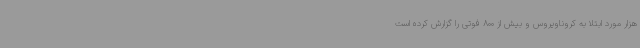
هزار مورد ابتلا به کروناویروس و بیش از 800 فوتی را گزارش کرده است